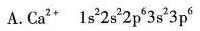
A.Ca^{2+} 1s^{2}2s^{2}2p^{6}3s^{2}3p^{6}